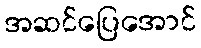
အဆင်ပြေအောင်